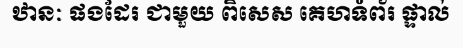
ឋានៈ ផងដែរ ជាមួយ ពិសេស គេហទំព័រ ផ្ទាល់